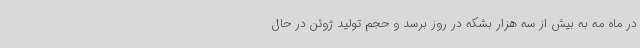
در ماه مه به بیش از سه هزار بشکه در روز برسد و حجم تولید ژوئن در حال